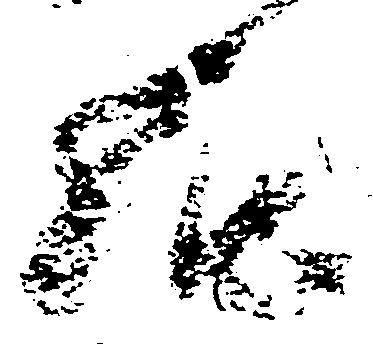
給